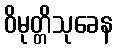
ဝိမုတ္တိသုခေန